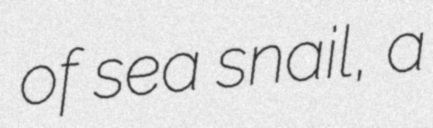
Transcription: of sea snail, a